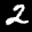
Label: 2